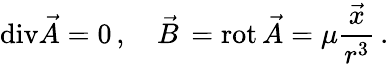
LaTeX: \mathrm{div}\vec{A}=0\, ,\quad\vec{B}\, =\mathrm{rot}\, \vec{A}=\mu\frac{\vec{x}}{r^{3}}\, .